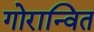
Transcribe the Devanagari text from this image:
गोरान्वित